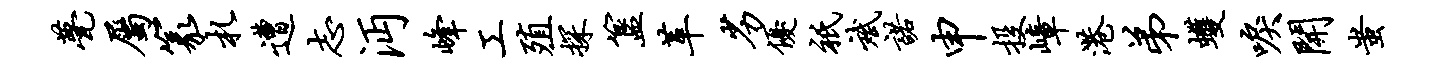
甍属篆札遭志沔峰工殖探簋革劣优只斌诺申投嶂港弟蠖唳开蚩